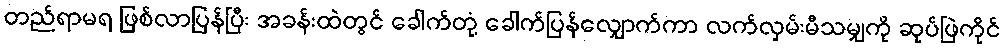
တည်ရာမရ ဖြစ်လာပြန်ပြီး အခန်းထဲတွင် ခေါက်တုံ့ ခေါက်ပြန်လျှောက်ကာ လက်လှမ်းမီသမျှကို ဆုပ်ဖြဲကိုင်